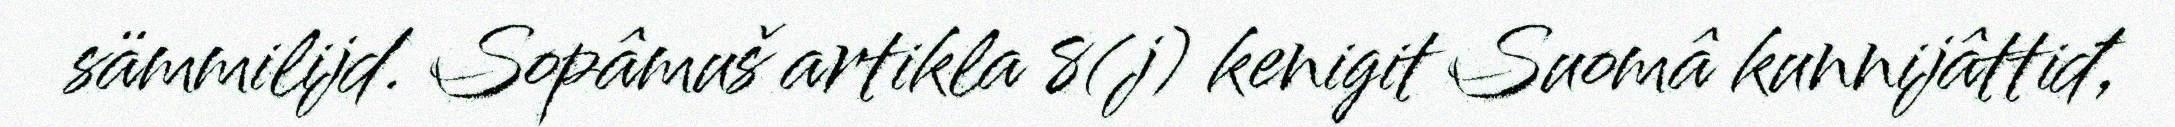
sämmilijd. Sopâmuš artikla 8(j) kenigit Suomâ kunnijâttiđ,